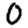
Digit: 0